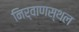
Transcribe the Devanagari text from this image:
निर्वाणस्थल